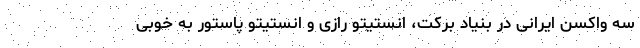
سه واکسن ایرانی در بنیاد برکت، انستیتو رازی و انستیتو پاستور به خوبی